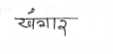
मजकूर: खंगार